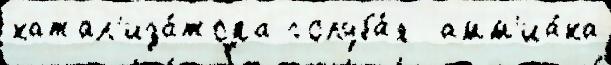
катал'иза́тора голуба́я  амм'иа́ка